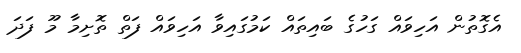
އެގޮތުން އަހިވައް ގަހުގެ ބައިތައް ކަމުގައިވާ އަހިވައް ފަތް ތޮށިމާ މޫ ފަދަ